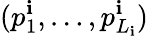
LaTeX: (p_{1}^{\mathbf{i}},\dots,p_{L_{\mathbf{i}}}^{\mathbf{i}})